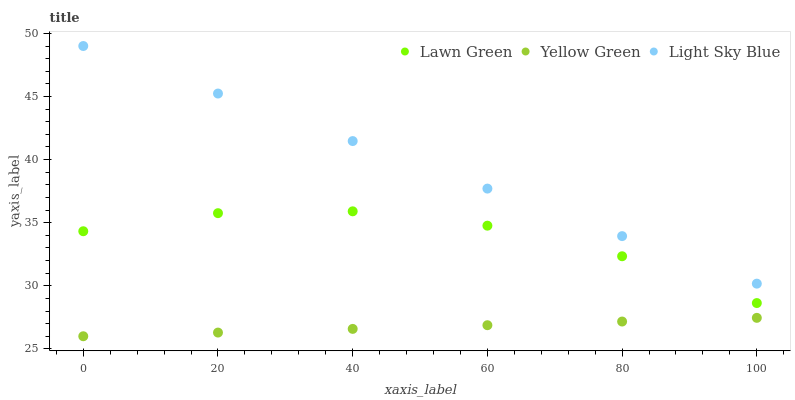
| xaxis_label | Lawn Green | Yellow Green | Light Sky Blue |
 | --- | --- | --- | --- |
 | 0 | 34.3 | 26 | 49 |
 | 20 | 35.8 | 26.3 | 45.2 |
 | 40 | 35.9 | 26.6 | 41.5 |
 | 60 | 34.8 | 26.9 | 37.7 |
 | 80 | 32.3 | 27.2 | 33.9 |
 | 100 | 28.6 | 27.5 | 30.2 |